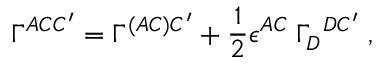
\Gamma ^ { A C C ^ { \prime } } = \Gamma ^ { ( A C ) C ^ { \prime } } + { \frac { 1 } { 2 } } \epsilon ^ { A C } \; \Gamma _ { D } ^ { \; \; D C ^ { \prime } } \; ,